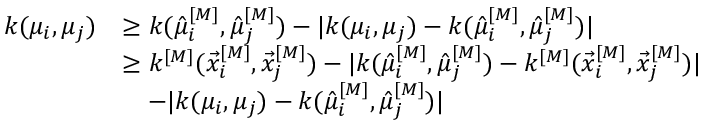
\begin{array} { r l } { k ( \mu _ { i } , \mu _ { j } ) } & { \geq k ( \hat { \mu } _ { i } ^ { [ M ] } , \hat { \mu } _ { j } ^ { [ M ] } ) - | k ( \mu _ { i } , \mu _ { j } ) - k ( \hat { \mu } _ { i } ^ { [ M ] } , \hat { \mu } _ { j } ^ { [ M ] } ) | } \\ & { \geq k ^ { [ M ] } ( \vec { x } _ { i } ^ { [ M ] } , \vec { x } _ { j } ^ { [ M ] } ) - | k ( \hat { \mu } _ { i } ^ { [ M ] } , \hat { \mu } _ { j } ^ { [ M ] } ) - k ^ { [ M ] } ( \vec { x } _ { i } ^ { [ M ] } , \vec { x } _ { j } ^ { [ M ] } ) | } \\ & { \quad - | k ( \mu _ { i } , \mu _ { j } ) - k ( \hat { \mu } _ { i } ^ { [ M ] } , \hat { \mu } _ { j } ^ { [ M ] } ) | } \end{array}